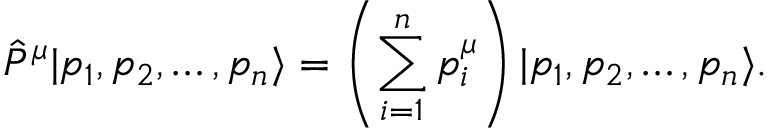
\hat { P } ^ { \mu } | p _ { 1 } , p _ { 2 } , \dots , p _ { n } \rangle = \left( \sum _ { i = 1 } ^ { n } p _ { i } ^ { \mu } \right) | p _ { 1 } , p _ { 2 } , \dots , p _ { n } \rangle .